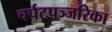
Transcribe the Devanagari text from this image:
चर्पटपञ्जरिका